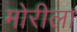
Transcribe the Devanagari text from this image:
मोरीला